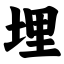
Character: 埋